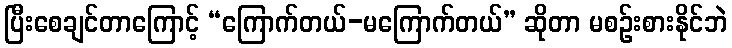
ပြီးစေချင်တာကြောင့် “ကြောက်တယ်-မကြောက်တယ်” ဆိုတာ မစဉ်းစားနိုင်ဘဲ